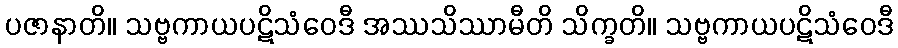
ပဇာနာတိ။ သဗ္ဗကာယပဋိသံဝေဒီ အဿသိဿာမီတိ သိက္ခတိ။ သဗ္ဗကာယပဋိသံဝေဒီ